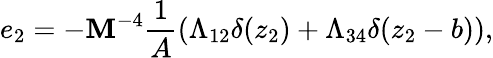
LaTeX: e_{2}=-\mathbf{M}^{-4}\frac{{1}}{{A}}(\Lambda_{12}\delta(z_{2})+\Lambda_{34}\delta(z_{2}-b)),